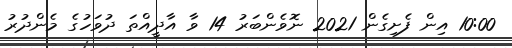
10:00 އިން ފެށިގެން 2021 ނޮވެންބަރު 14 ވާ އާދީއްތަ ދުވަހުގެ މެންދުރު